Civil Veterinary Department. Madras. Admin. report 1910-25 - 1910-1925
Year: 1910
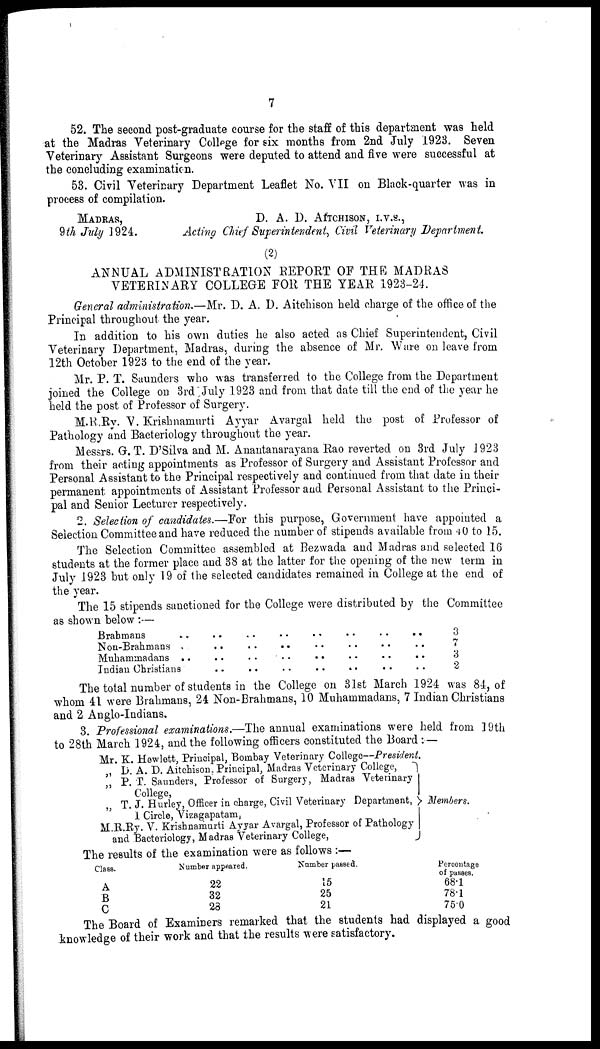
7
52. The second post-graduate course for the staff of this department was held
at the Madras Veterinary College for six months from 2nd July 1923. Seven
Veterinary Assistant Surgeons were deputed to attend and five were successful at
the concluding examination.
53. Civil Veterinary Department Leaflet No. VII on Black-quarter was in
process of compilation.
MADRAS,
9th July 1924.
D. A. D. AfTCHISON, I.V.S.,
Acting Chief Superintendent, Civil Veterinary Department
(2)
ANNUAL ADMINISTRATION REPORT OF THE MADRAS
VETERINARY COLLEGE FOR THE YEAR 1923-24.
General administration.—Mr. D. A. D. Aitchison held charge of the office of the
Principal throughout the year.
In addition to his own duties he also acted as Chief Superintendent, Civil
Veterinary Department, Madras, during the absence of Mr. Ware on leave from
12th October 192b to the end of the year.
Mr. P. T. Saunders who was transferred to the College from the Department
joined the College on 3rd July 1923 and from that date till the end of the year he
held the post of Professor of Surgery.
M.R.Ry. V. Krishnamurti Ayyar Avargal held the post of Professor of
Pathology and Bacteriology throughout the year.
Messrs. G. T. D'Silva and M. Anantanarayana Rao reverted on 3rd July 1923
from their acting appointments as Professor of Surgery and Assistant Professor and
Personal Assistant to the Principal respectively and continued from that date in their
permanent appointments of Assistant Professor and Personal Assistant to the Princi-
pal and Senior Lecturer respectively.
2. Selection of candidates.—For this purpose, Government have appointed a
Selection Committee and have reduced the number of stipends available from 40 to 15.
The Selection Committee assembled at Bezwada and Madras and selected 16
students at the former place and 38 at the latter for the opening of the new term in
July 1923 but only 19 of the selected candidates remained in College at the end of
the year.
The 15 stipends sanctioned for the College were distributed by the Committee
as shown below:—
Brahmans ..
Non-Brahmans ..
Muhammadans ..
Indian Christians
..
..
..
..
..
..
..
..
..
..
..
..
..
..
..
..
..
..
..
..
..
..
..
..
..
..
..
..
3
7
3
2
The total number of students in the College on 31st March 1924 was 84, of
whom 41 were Brahmans, 24 Non-Brahmans, 10 Muhammadans, 7 Indian Christians
and 2 Anglo-Indians.
3. Professional examinations.—The annual examinations were held from 19th
to 28th March 1924. and the following officers constituted the Board:—
Mr. K. Hewlett, Principal, Bombay Veterinary College--President
„ D. A. D. Aitchison, Principal, Madras Veterinary College,
„ P. T. Saunders, Professor of Surgery, Madras Veterinary
College,
„ T. J. Hurley, Officer in charge, Civil Veterinary Department,
1 Circle, Vizagapatam,
M.R.Ry. V. Krishnamurti Ayyar Avargal, Professor of Pathology
and Bacteriology, Madras Veterinary College,
Members.
The results of the examination were as follows:—
Class.
A
B
C
Number appeared.
22
32
23
Number passed.
15
25
21
Percentage
of passes.
68.1
78.1
75.0
The Board of Examiners remarked that the students had displayed a good
knowledge of their work and that the results were satisfactory.